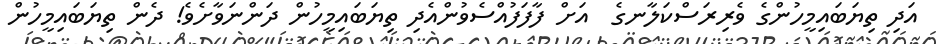
އަދި ތިޔަބައިމީހުންގެ ވެރިރަސްކަލާނގެ  އަށް ފާފަފުއްސެވުންއެދި ތިޔަބައިމީހުން ދަންނަވާށެވެ! ދެން ތިޔަބައިމީހުން